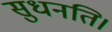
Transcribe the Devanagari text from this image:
सुधनति।